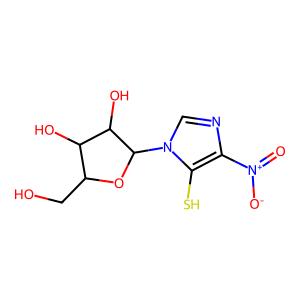
SMILES: O=[N+]([O-])c1ncn(C2OC(CO)C(O)C2O)c1S
Inhibits HIV replication: No